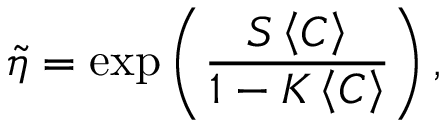
\tilde { \eta } = \exp \left( \frac { S \left\langle C \right\rangle } { 1 - K \left\langle C \right\rangle } \right) ,